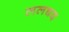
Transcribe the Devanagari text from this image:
ललद्यद